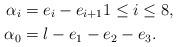
LaTeX: \begin{align*}\alpha_i &= e_i - e_{i+1} 1 \leq i \leq 8, \\\alpha_0 &= l - e_1 - e_2 - e_3. & \end{align*}